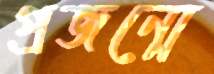
প্রজন্মে